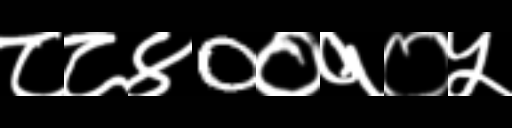
Text: ८८४0०१०५